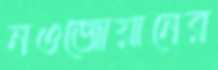
নওজোয়ানের